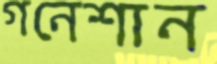
গনেশান